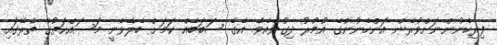
ފިރިހެނުންނަށްވުރެން އަންހެނުންގެ އުމުރު ދިގުވެއެވެ. އޭގެ ސަބަބެއް ކަމަށް ބެލެވެނީ މަސައްކަތުގެ ތެރޭގައި